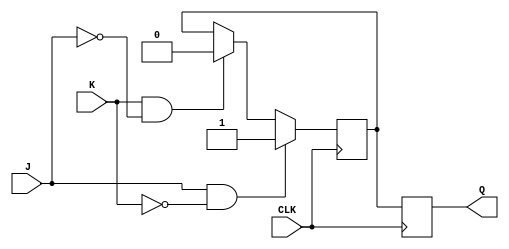
module jk_latch (
    input J,
    input K,
    input CLK,
    output reg Q
);

reg state;

always @(posedge CLK) begin
    if(J && !K) begin
        state <= 1'b1;
    end else if(K && !J) begin
        state <= 1'b0;
    end
    Q <= state;
end

endmodule